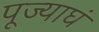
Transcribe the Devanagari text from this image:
पूज्याघं